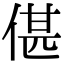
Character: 偡